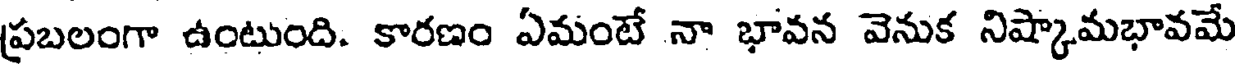
ప్రబలంగా ఉంటుంది. కారణం ఏమంటే నా భావన వెనుక నిష్కామభావమే